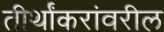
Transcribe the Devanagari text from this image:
तीर्थांकरांवरील